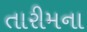
તારીમના